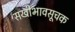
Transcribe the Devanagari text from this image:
सखीभावसूचक